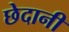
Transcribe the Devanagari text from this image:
छेदानी